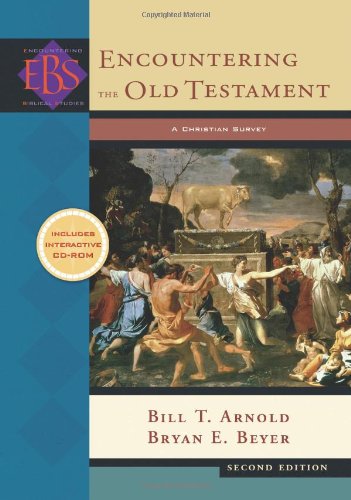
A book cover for Encountering the Old Testament: A Christian Survey (Encountering Biblical Studies); Bill T. Arnold; Christian Books & Bibles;